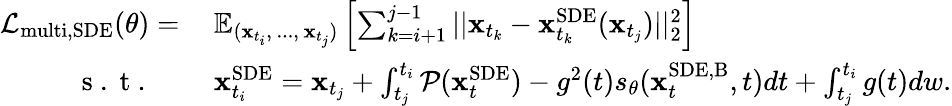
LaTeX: \begin{array}{rl}{\mathcal{L}_{\mathrm{multi,SDE}}(\theta)=\: }&{{}\mathbb{E}_{(\mathbf{x}_{t_{i}},\, ...,\, \mathbf{x}_{t_{j}})}\left[\sum_{k=i+1}^{j-1}||\mathbf{x}_{t_{k}}-\mathbf{x}_{t_{k}}^{\mathrm{SDE}}(\mathbf{x}_{t_{j}})||_{2}^{2}\right]}\\ {\mathrm{~s~.~t~.~}\quad}&{{}\mathbf{x}_{t_{i}}^{\mathrm{SDE}}=\mathbf{x}_{t_{j}}+\int_{t_{j}}^{t_{i}}\mathcal{P}(\mathbf{x}_{t}^{\mathrm{SDE}})-g^{2}(t)s_{\theta}(\mathbf{x}_{t}^{\mathrm{SDE,B}},t)dt+\int_{t_{j}}^{t_{i}}g(t)dw.}\end{array}